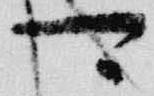
可